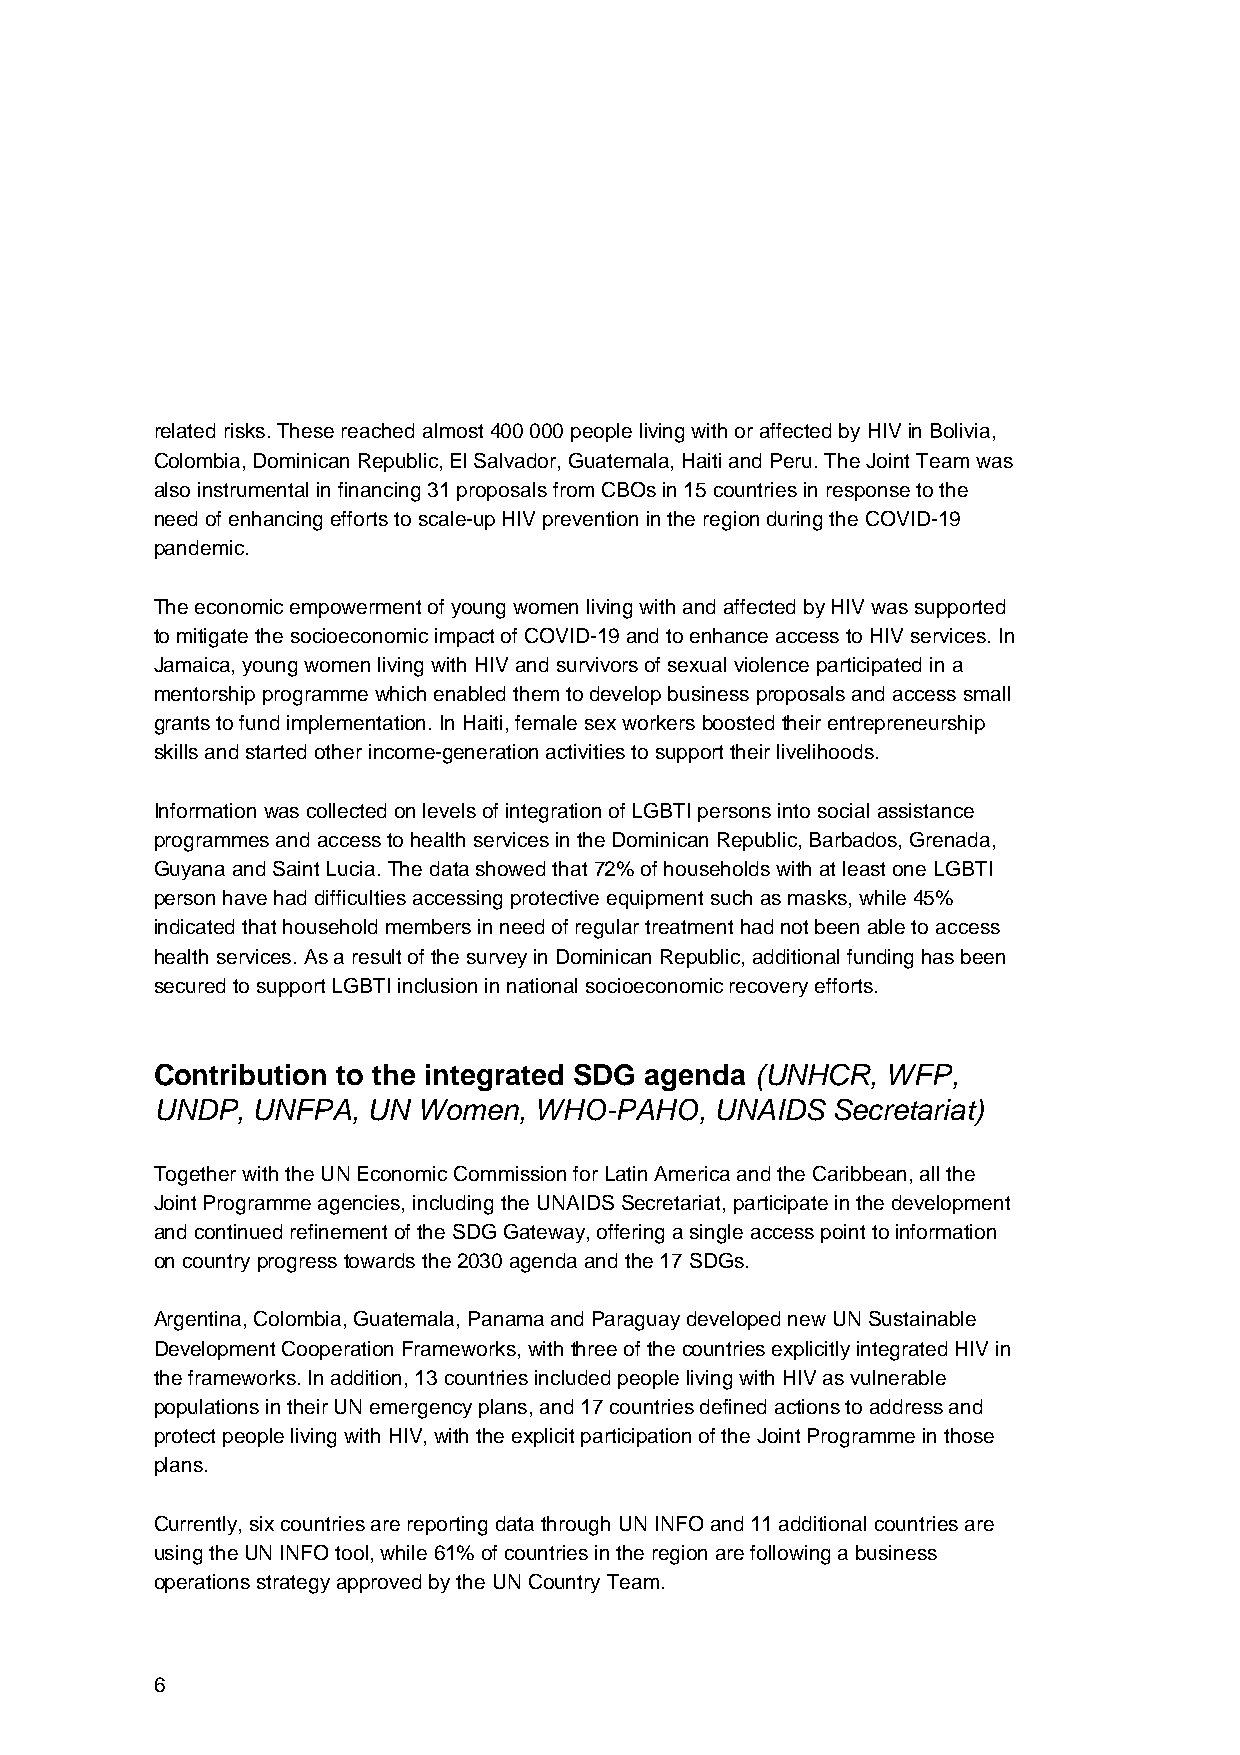
related risks. These reached almost 400 000 people living with or affected by HIV in Bolivia,
 Colombia, Dominican Republic, El Salvador, Guatemala, Haiti and Peru. The Joint Team was
 also instrumental in financing 31 proposals from CBOs in 15 countries in response to the
 need of enhancing efforts to scale-up HIV prevention in the region during the COVID-19
 pandemic.
 The economic empowerment of young women living with and affected by HIV was supported
 to mitigate the socioeconomic impact of COVID-19 and to enhance access to HIV services. In
 Jamaica, young women living with HIV and survivors of sexual violence participated in a
 mentorship programme which enabled them to develop business proposals and access small
 grants to fund implementation. In Haiti, female sex workers boosted their entrepreneurship
 skills and started other income-generation activities to support their livelihoods.
 Information was collected on levels of integration of LGBTI persons into social assistance
 programmes and access to health services in the Dominican Republic, Barbados, Grenada,
 Guyana and Saint Lucia. The data showed that 72% of households with at least one LGBTI
 person have had difficulties accessing protective equipment such as masks, while 45%
 indicated that household members in need of regular treatment had not been able to access
 health services. As a result of the survey in Dominican Republic, additional funding has been
 secured to support LGBTI inclusion in national socioeconomic recovery efforts.
 Contribution to the integrated SDG agenda (UNHCR, WFP,
 UNDP,  UNFPA, UN  Women, WHO-PAHO,   UNAIDS  Secretariat)
 Together with the UN Economic Commission for Latin America and the Caribbean, all the
 Joint Programme agencies, including the UNAIDS Secretariat, participate in the development
 and continued refinement of the SDG Gateway, offering a single access point to information
 on country progress towards the 2030 agenda and the 17 SDGs.
 Argentina, Colombia, Guatemala, Panama and Paraguay developed new UN Sustainable
 Development Cooperation Frameworks, with three of the countries explicitly integrated HIV in
 the frameworks. In addition, 13 countries included people living with HIV as vulnerable
 populations in their UN emergency plans, and 17 countries defined actions to address and
 protect people living with HIV, with the explicit participation of the Joint Programme in those
 plans.
 Currently, six countries are reporting data through UN INFO and 11 additional countries are
 using the UN INFO tool, while 61% of countries in the region are following a business
 operations strategy approved by the UN Country Team.
 6